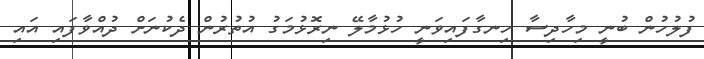
ފުލުހުން ބުނީ މިހާދިސާ ހިނގާފައިވަނީ ހުޅުމާލޭ ނިރޮޅުމަގު އުތުރުން ދެކުނަށް ދުއްވާފައި އައި